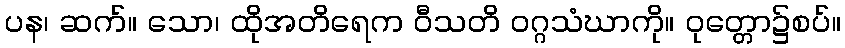
ပန၊ ဆက်။ သော၊ ထိုအတိရေက ဝီသတိ ဝဂ္ဂသံဃာကို။ ဝုတ္တော၌စပ်။